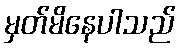
မှတ်မိနေပါသည်